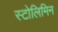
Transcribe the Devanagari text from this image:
स्टोलिमिन